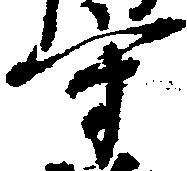
守